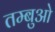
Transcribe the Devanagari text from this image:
तम्बुओ